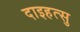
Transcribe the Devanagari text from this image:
दाइहत्सु